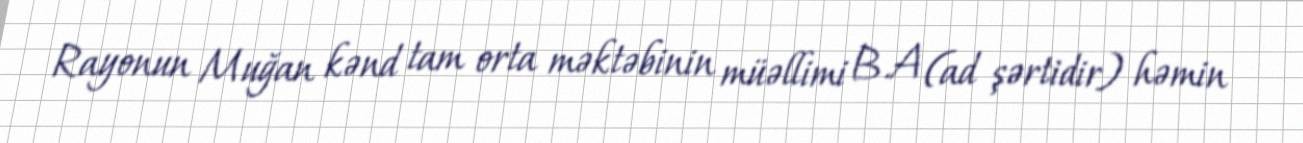
Rayonun Muğan kənd tam orta məktəbinin müəllimi B.A (ad şərtidir) həmin